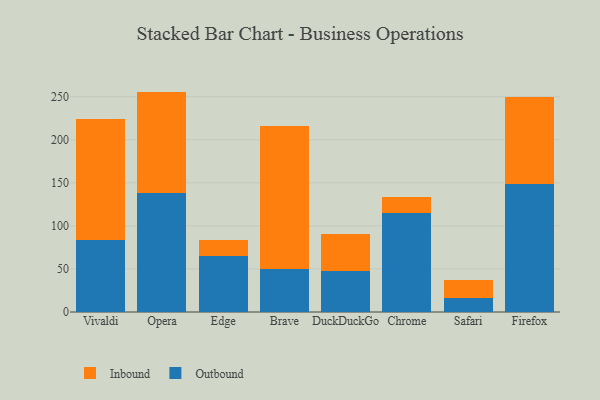
{"axis": {"x": "Browser", "y": "Net Income (USD K)"}, "legend": ["Inbound", "Outbound"], "data": [{"x": "Vivaldi", "y": 84.1, "type": "Outbound"}, {"x": "Vivaldi", "y": 139.6, "type": "Inbound"}, {"x": "Opera", "y": 137.8, "type": "Outbound"}, {"x": "Opera", "y": 118.1, "type": "Inbound"}, {"x": "Edge", "y": 64.8, "type": "Outbound"}, {"x": "Edge", "y": 19.1, "type": "Inbound"}, {"x": "Brave", "y": 49.5, "type": "Outbound"}, {"x": "Brave", "y": 165.9, "type": "Inbound"}, {"x": "DuckDuckGo", "y": 47.3, "type": "Outbound"}, {"x": "DuckDuckGo", "y": 43.7, "type": "Inbound"}, {"x": "Chrome", "y": 115.3, "type": "Outbound"}, {"x": "Chrome", "y": 18.1, "type": "Inbound"}, {"x": "Safari", "y": 16.1, "type": "Outbound"}, {"x": "Safari", "y": 21.6, "type": "Inbound"}, {"x": "Firefox", "y": 148.6, "type": "Outbound"}, {"x": "Firefox", "y": 100.8, "type": "Inbound"}]}